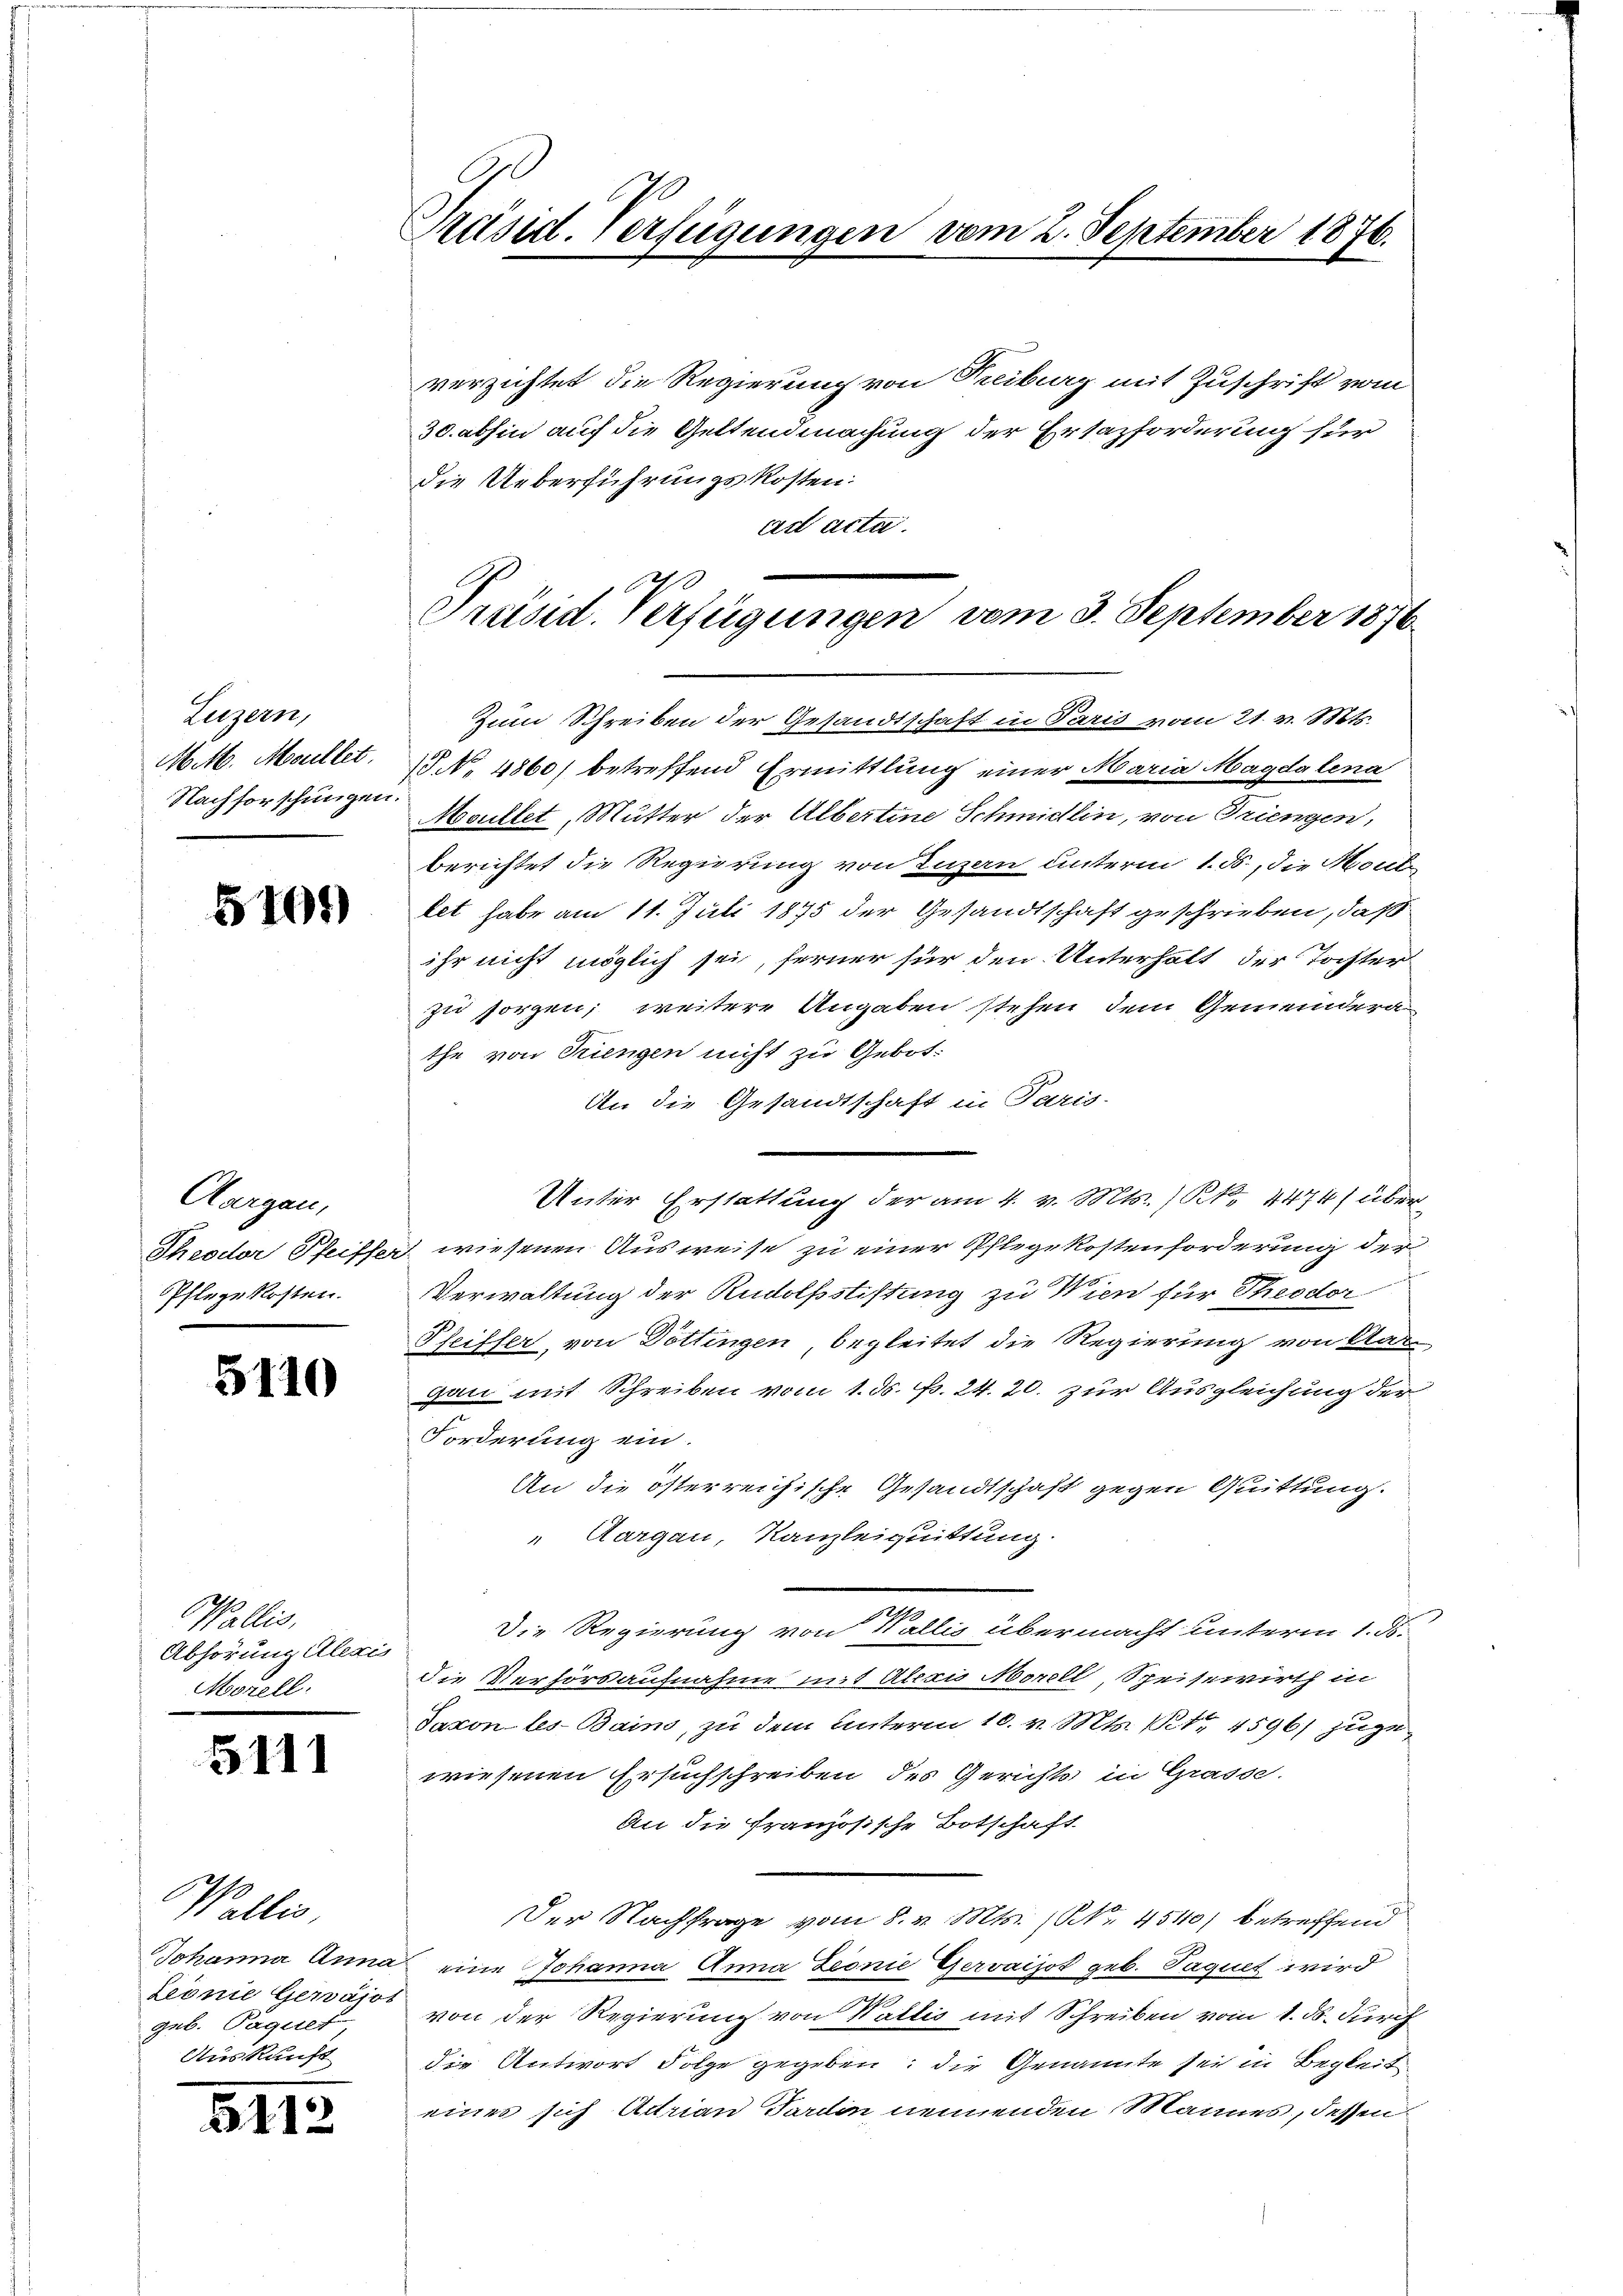
Luzern,
M. M. Mellet.
Nachforschungen.

5701)

Aargau,
Theodor Pfeiffer
Pflege Kosten.

5110

Wallis,
Abhörung Aleris
Morell.

5111

Wallis
Johanna Anna
Leonie Gerajot
geb. Paquer
Auskunft

5112

Präsid. Verfügungen vom 2. September 1876.

verzichtet die Regierung von Treiburg mit Zuschrift vom
30. abhin auf die Geltendmachung der Ersazforderung für
die Ueberführungskosten:
art acta.
Zum Schreiben der Gesandtschaft in Paris vom 21. v. Mts.
15 No 4860) betreffend Ermittlung einer Maria Magdalena
Moultet, Mutter der Albertine Schmidlin, von Triengen,
berichtet die Regierung von Luzern unterm 1. ds., die Moul
let habe am 11. Juli 1875 der Gesandtschaft geschrieben, daß
ihr nicht möglich sei, ferner für den Unterhalt der Tochter
zu sorgen; weitere Angaben stehen dem Gemeindera
the von Triengen nicht zu Gebot.
An die Gesandtschaft in Paris.
Unter Erstattung der am 4. v. Mts. (Rk., 4474) über
wiesenen Ausweise zu einer Pflegekostenforderung der
g
Verwaltung der Rudolfstiftung zu Wien für Theodor
Pfeiffer, von Döttingen begleitet die Regierung von Aar-
gau mit Schreiben vom 1. ds. f. 24. 20. zur Ausgleichung der
Forderung ein.
An die österreichische Gesandtschaft gegen Quittung.
 Aargau, Kanzleiquittung.
Die Regierung von Wallis übermacht unterm 1. ds.
die Verhörsaufnahme mit Alois Morell, Speisewirth in
Jaxon les-Bains, zu dem Unterm 10. v. Mts. 12te 4596) zuge
wiesenen Ersuchschreiben des Gerichts in Grasse.
An die französische Botschaft
Der Nachfrage vom 8. v. Mts. (NNo. 45110) betreffend
eine Johanna Anna Zeonie Gervaijot geb. Paquet wird
von der Regierung von Wallis mit Schreiben vom 1. ds. Durch
die Antwort Folge gegeben; die Genannte sei in Begleiteines sich Adrian Pardin nennenden Mannes, dessen

e
Präsid. Verfügungen vom 3. September 1876